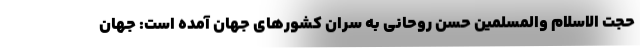
حجت الاسلام والمسلمین حسن روحانی به سران کشورهای جهان آمده است: جهان